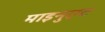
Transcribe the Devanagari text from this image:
माइनुएट